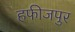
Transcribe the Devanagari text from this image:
हफीजपुर